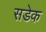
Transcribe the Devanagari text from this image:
सडेक